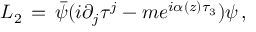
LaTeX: { \cal L } _ { 2 } \, = \, \bar { \psi } ( i \partial _ { j } \tau ^ { j } - m e ^ { i \alpha ( z ) \tau _ { 3 } } ) \psi \, ,